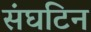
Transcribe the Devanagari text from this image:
संघटिन